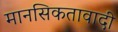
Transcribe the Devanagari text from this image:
मानसिकतावादी